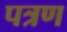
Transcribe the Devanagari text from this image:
पत्रण